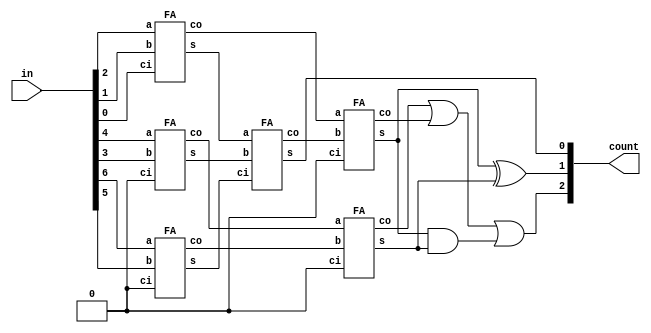
// A structural implementation for a bit counter 
// using FAs to count the number of ones on a 7-bit input
module count_73(in,count);
    // 7 input bits to count
    input [6:0] in;

    // 3-bit output counting ones on input
    output [2:0] count;

    wire s_0; wire co_0;
    wire s_1; wire co_1;
    wire s_2; wire co_2;
    wire s_3; wire co_3;
    wire s_4; wire co_4;
    wire s_5; wire co_5;
    

    // Structural instantiations and connections of adders
    // Specified in the block diagram included with this file
    FA f0(in[2],in[1],in[0],s_0,co_0);
    FA f1(in[4],in[3],1'b0,s_1,co_1);
    FA f2(in[6],in[5],1'b0,s_2,co_2);
    FA f3(s_0,s_1,s_2,s_3,co_3);
    FA f4(co_0,co_3,1'b0,s_4,co_4);
    FA f5(co_1,co_2,1'b0,s_5,co_5);

    

    // Assign output bits

    // MSB is high when there's a four by an path,
    // Either carry-out of stage two adders or both
    // sum outputs are high at once
    assign count[2] = (co_5 | co_4 | (s_4 & s_5));

    // There's a two if only one of the stage two
    // sums is one, other is zero
    assign count[1] = s_4 ^ s_5;

    assign count[0] = s_3;

endmodule


// Full Adder
module FA(a,b,ci,s,co);
    input a;
    input b;
    input ci;

    // Sum (LSB) and carry-out (MSB) of the the overall sum
    output s;
    output co;

    assign s = a ^ b ^ ci;

    assign co = (a & b) | (b & ci) | (a & ci);
endmodule